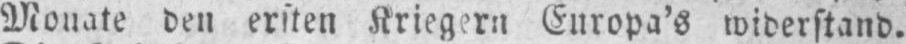
Monate den ersten Kriegern Europa’s widerstand.